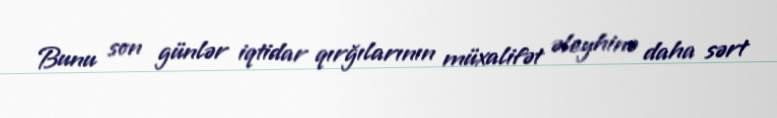
Bunu son günlər iqtidar qırğılarının müxalifət əleyhinə daha sərt